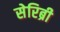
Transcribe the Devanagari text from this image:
सेरिब्री